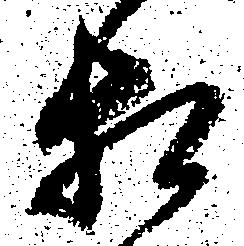
相